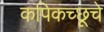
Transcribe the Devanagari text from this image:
कपिकच्छूचे